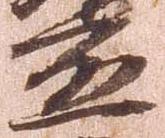
応